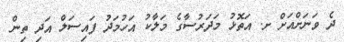
ދެ ވަނަށްއަށް ށ. އަތޮޅު މަދަރުސާގެ މަލާކު އަހުމަދު ފައިސަލް އަދި ތިން